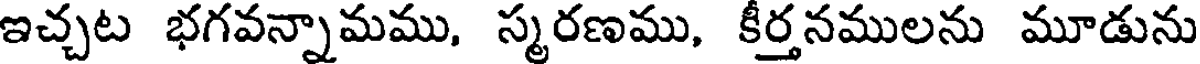
ఇచ్చట భగవన్నామము, స్మరణము, కీర్తనములను మూడును